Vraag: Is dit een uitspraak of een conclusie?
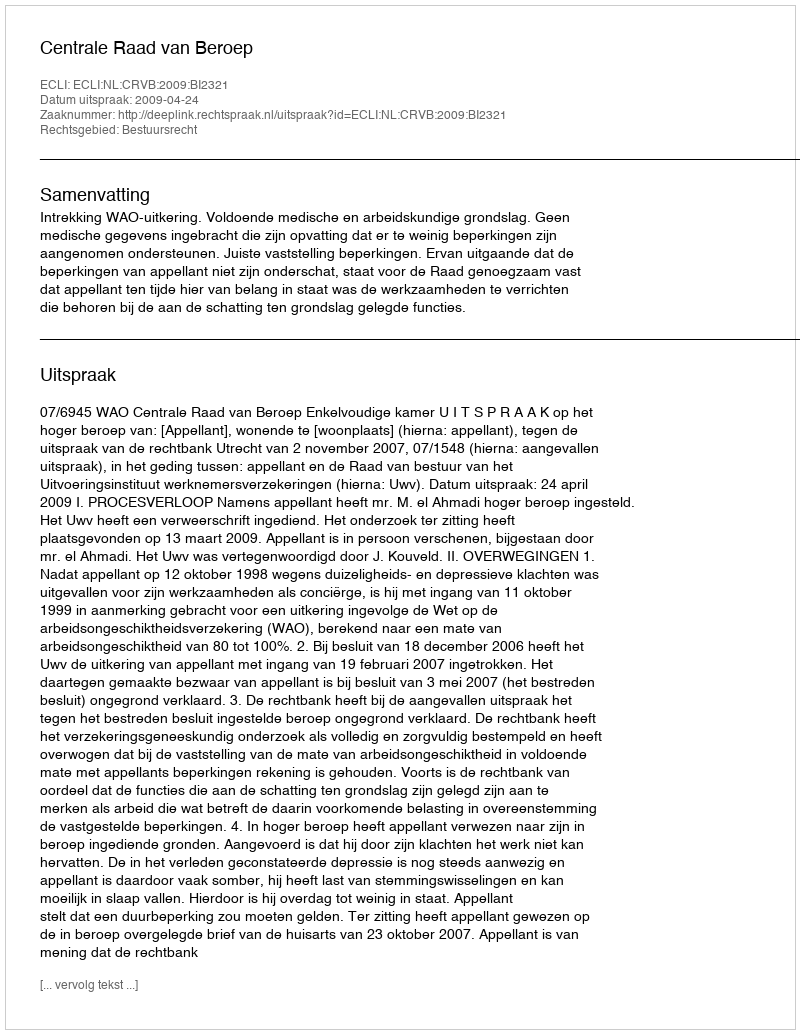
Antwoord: Uitspraak